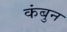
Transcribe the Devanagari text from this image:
कंबुन